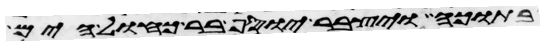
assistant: בתוכה ויצבר יוסף בר כחול הים